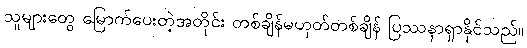
သူများတွေ မြောက်ပေးတဲ့အတိုင်း တစ်ချိန်မဟုတ်တစ်ချိန် ပြဿနာရှာနိုင်သည်။